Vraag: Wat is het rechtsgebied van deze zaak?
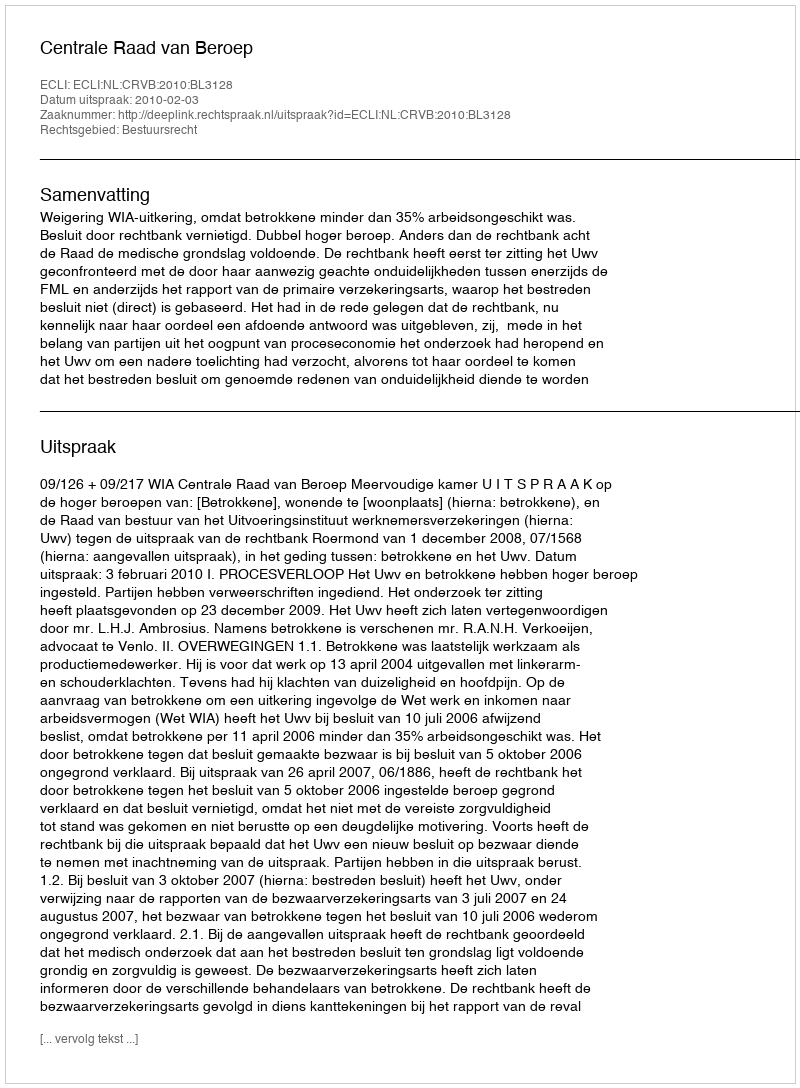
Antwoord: Bestuursrecht